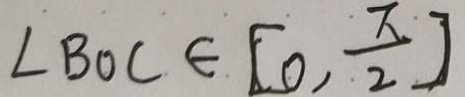
\angle B O C \in [ 0 , \frac { \pi } { 2 } ]